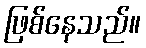
ဖြစ်နေသည်။